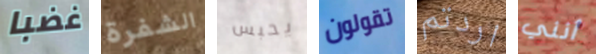
غضبا الشفرة يحبس تقولون اردتم أنني